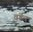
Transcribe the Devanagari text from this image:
वर्गच